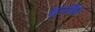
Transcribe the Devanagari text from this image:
भूतरक्षित